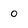
Character: 0